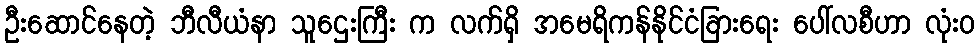
ဦးဆောင်နေတဲ့ ဘီလီယံနာ သူဌေးကြီး က လက်ရှိ အမေရိကန်နိုင်ငံခြားရေး ပေါ်လစီဟာ လုံး၀